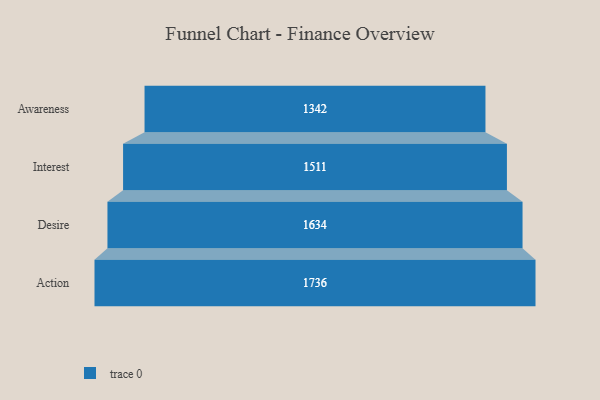
{"axis": {"x": "Stage", "y": "Value"}, "legend": [""], "data": [{"x": "Awareness", "y": 1342.0, "type": ""}, {"x": "Interest", "y": 1511.0, "type": ""}, {"x": "Desire", "y": 1634.0, "type": ""}, {"x": "Action", "y": 1736.0, "type": ""}]}